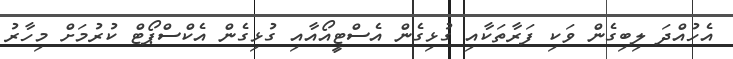
އެހުއްދަ ލިބިގެން ވަކި ފަރާތަކާއި ގުޅިގެން އެސްޓީއޯއާއި ގުޅިގެން އެކްސްޕޯޓް ކުރުމަށް މިހާރު